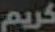
كريم